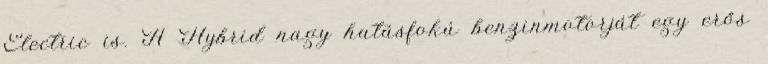
Electric is. A Hybrid nagy hatásfokú benzinmotorját egy erős